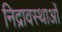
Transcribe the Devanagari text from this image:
निद्रावस्थाओं